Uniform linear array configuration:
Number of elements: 64
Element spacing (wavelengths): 0.25
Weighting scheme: kaiser
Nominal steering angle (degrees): -45
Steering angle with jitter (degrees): -44.912
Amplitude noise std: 0.05
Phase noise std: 0.05

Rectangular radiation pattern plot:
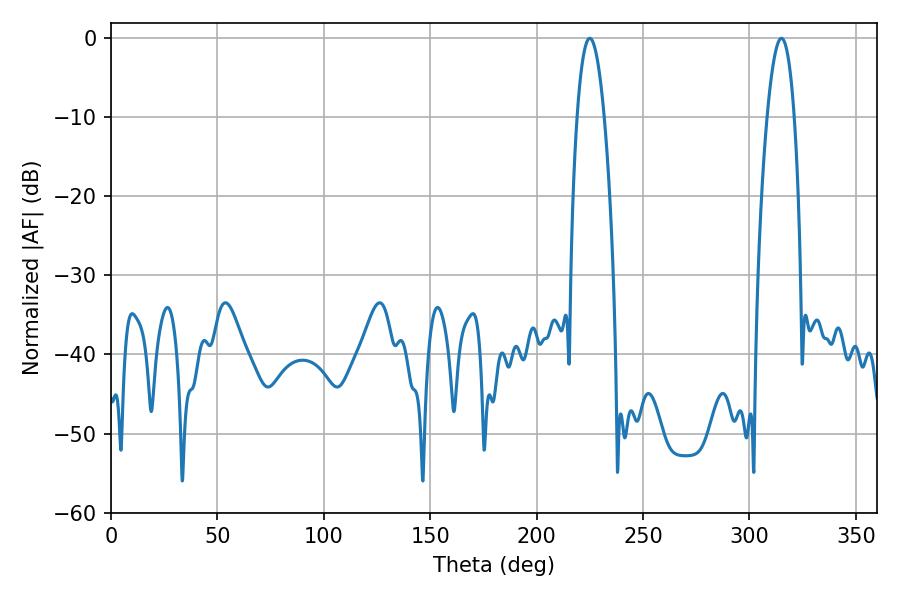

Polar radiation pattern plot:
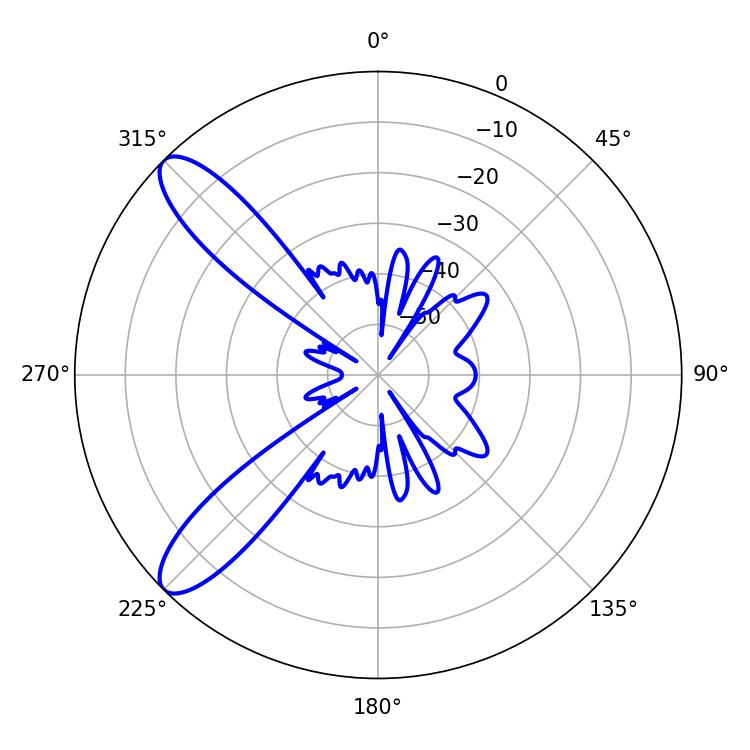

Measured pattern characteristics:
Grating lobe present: FALSE
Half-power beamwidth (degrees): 7.02
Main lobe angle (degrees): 225